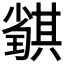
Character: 𡮴